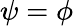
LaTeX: \psi=\phi